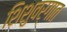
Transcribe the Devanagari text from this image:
शिशुवर्गात